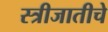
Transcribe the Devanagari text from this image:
स्त्रीजातीचे